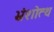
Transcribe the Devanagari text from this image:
भ्रंशोत्थ